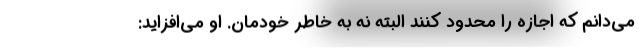
می‌دانم که اجازه را محدود کنند البته نه به خاطر خودمان. او می‌افزاید: